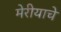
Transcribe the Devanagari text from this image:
मेरीयाचे